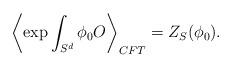
LaTeX: \begin{align*}\left\langle \exp\int_{S^d}\phi_0 O\right\rangle_{CFT}=Z_S(\phi_0).\end{align*}